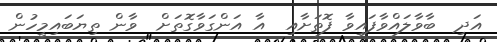
އަދި  ބާވާލައްވާފައިވާ ފޮތަށާއި  އާ އަންގަވާގޮތަށް  ވާން ތިޔަބައިމީހުން